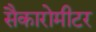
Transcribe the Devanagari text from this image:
सैकारोमीटर